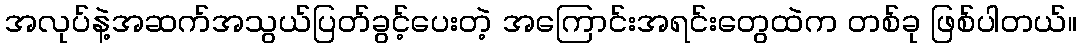
အလုပ်နဲ့အဆက်အသွယ်ပြတ်ခွင့်ပေးတဲ့ အကြောင်းအရင်းတွေထဲက တစ်ခု ဖြစ်ပါတယ်။